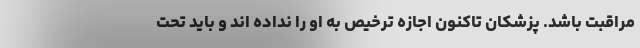
مراقبت باشد. پزشکان تاکنون اجازه ترخیص به او را نداده اند و باید تحت